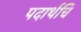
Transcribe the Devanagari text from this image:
पदार्थचि